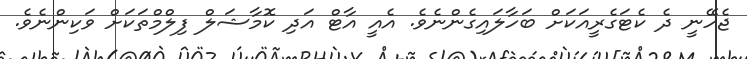
ޖެހޭނީ ދެ ކެޓަގެރީއަކަށް ބަހާލައިގެންނެވެ. އެއީ އާޓް އަދި ކޮމާޝަލް ފިލްމްތަކަށް ވަކިންނެވެ.